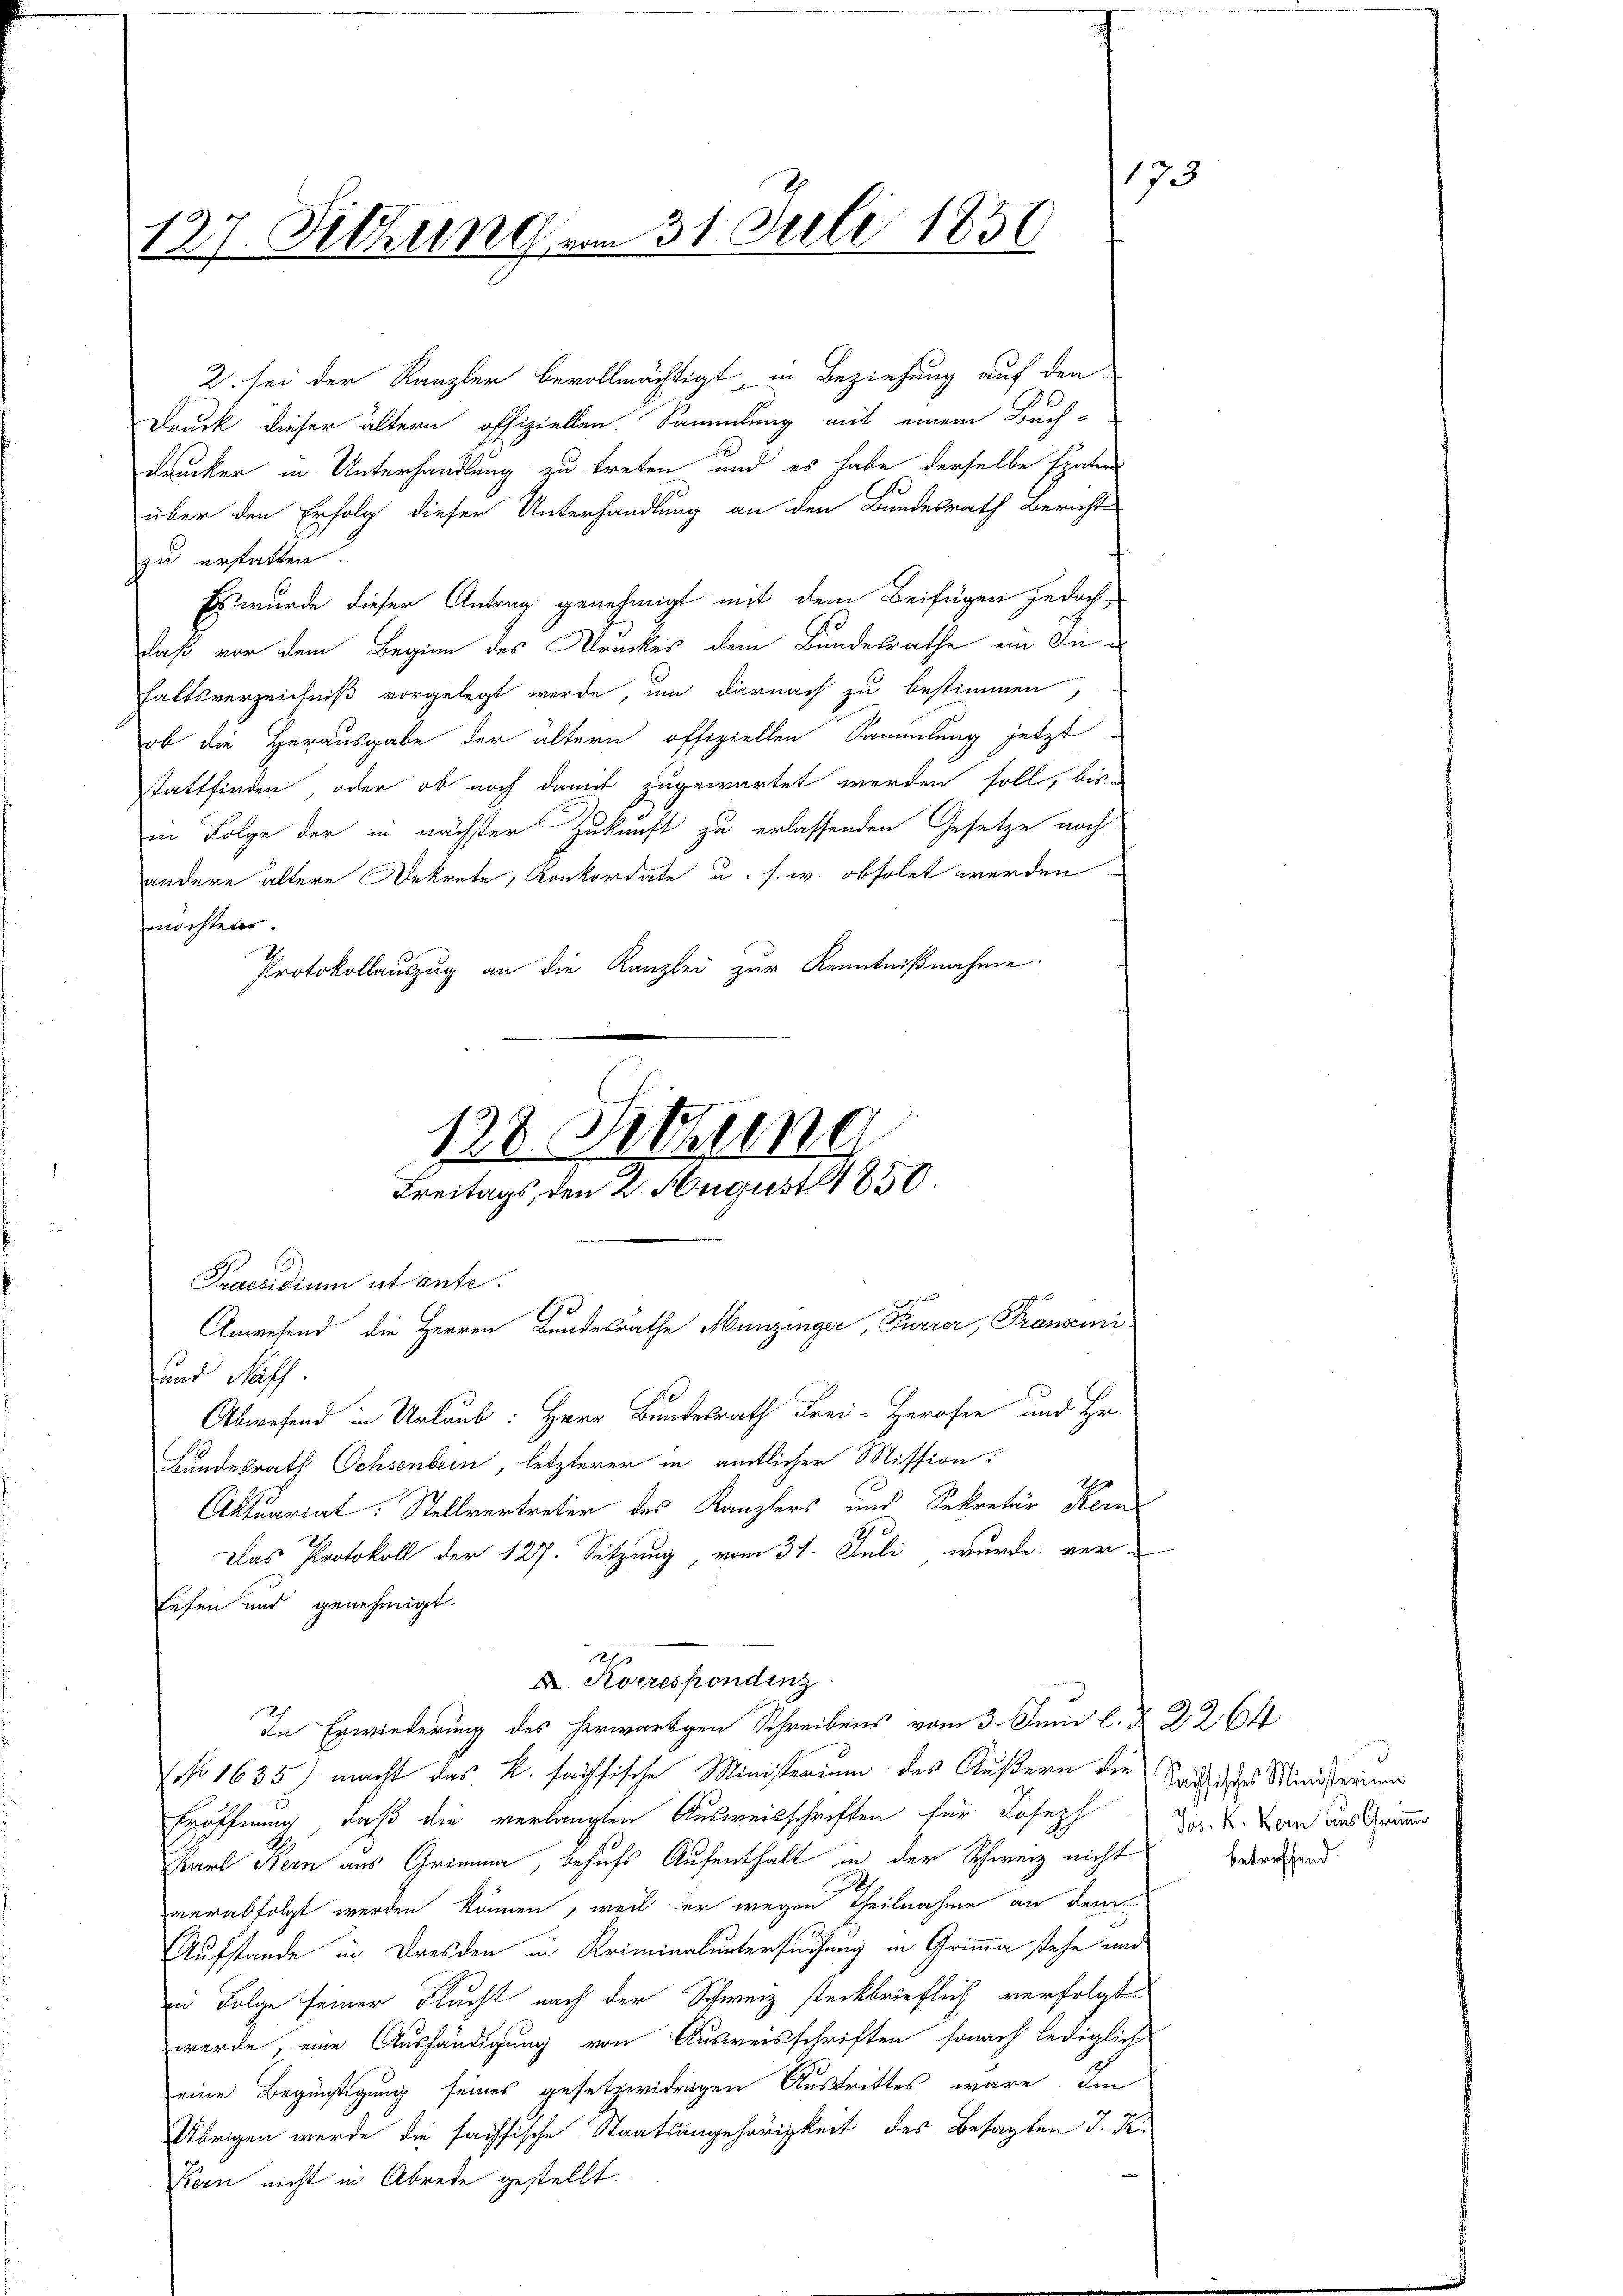
127. Sitzung vom 31. Juli 1850.

2. sei der Kanzler bevollmächtigt, in Beziehung auf den
Druck dieser ältern offiziellen. Sammlung mit einem Buch-
drucker in Unterhandlung zu treten und es habe derselbe später
über den Erfolg dieser Unterhandlung an den Bundesrath Bericht
zu erstatten.
Es wurde dieser Antrag genehmigt mit dem Beifügen jedoch
daß vor dem Beginn des Druckes dem Bundesrathe ein diehaltsverzeichniß vorgelegt werde, um darnach zu bestimmen,
ob die Herausgabe der ältern offiziellen Sammlung jetzt
stattfinden, oder ob noch damit zugewartet werden soll, bis-
in Folge der in nächster Zukunft zu erlassenden Gesetze noch
andere ältere Dekrete, Konkordate u. s. w. obsolet werden.
möchten.
Protokollauszug an die Kanzlei zur Kenntnißnahme:

123. Sitzung
Praesidium ut ante.
90
Anwesend die Herren Bundesrathe Munzinger, Furrer, Franscini-
und He

Freitags, den 2. August 1850

X. Korrespondenz

Abwesend in Urlaub: Herr Bundesrath Frei-Herofen und Hr.
Bundesrath Ochsenbern, letzterer in amtlicher Mission
2
Aktuariat: Stellvertreter des Kanzlers und Sekretär Kern
10
Das Protokoll der 127. Sitzung, vom 31. Juli wurde ver-
Eefen und genehmigt.
27
In Erwiederung des herwärtigen Schreibens vom 3. Juni l. § 2264
No 1635.) macht das K. saisische Ministerium des Äußern die Sachsichtes Ministerium
Eröffnung, daß die verlangten Ausweisschriften für Joseph
Karl Bern aus Grimma, behufs Aufenthalt in der Schweiz nicht
verabfolgt werden können, weil er wegen Theilnahme an dem
Aufstande in Dresden in Kriminaluntersuchung in Grimma stehe und
in Folge seiner Flucht nach der Schweiz steckbrieflich verfolgt
werde, eine Aushändigung von Ausweisschriften, sonach lediglich
eine Begünstigung seines gesetzwidrigen Austrittes wäre. Im
Übrigen werde die fachsische Staatsangehörigkeit des Besagten J. Kr.
Kern nicht in Abrede gestellt.

Jos. K. Bern aus Grun
betreffend.